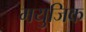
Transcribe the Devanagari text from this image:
मयुजिक